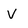
Character: V